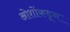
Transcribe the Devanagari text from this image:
ओशोंकडून